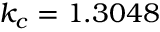
k _ { c } = 1 . 3 0 4 8